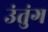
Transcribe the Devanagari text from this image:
उंतुंग